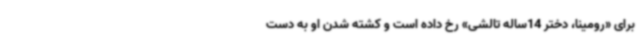
برای «رومینا، دختر 14ساله تالشی» رخ داده است و کشته شدن او به دست